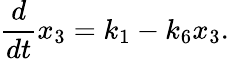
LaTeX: \frac{d}{dt}x_{3}=k_{1}-k_{6}x_{3}.